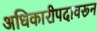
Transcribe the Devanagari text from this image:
अधिकारीपदावरून